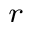
^ r